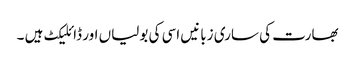
بھارت کی ساری زبانیں اسی کی بولیاں اور ڈائلیکٹ ہیں ۔